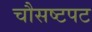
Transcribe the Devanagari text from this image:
चौसष्टपट